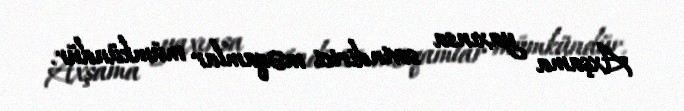
Axşama yaxınsa sevindirici məqamlar mümkündür.